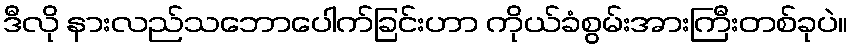
ဒီလို နားလည်သဘောပေါက်ခြင်းဟာ ကိုယ်ခံစွမ်းအားကြီးတစ်ခုပဲ။